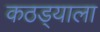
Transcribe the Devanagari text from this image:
कठड्याला